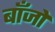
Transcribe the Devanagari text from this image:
बाँजों